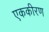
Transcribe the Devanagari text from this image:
एककीरण